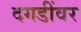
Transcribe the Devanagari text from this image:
दगडींवर